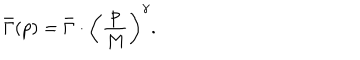
\bar { \Gamma } ( p ) = \bar { \Gamma } \cdot \biggl ( \frac { p } { M } \biggr ) ^ { \gamma } .